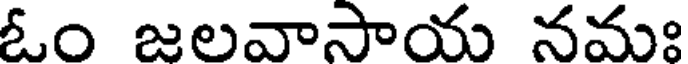
ఓం జలవాసాయ నమః